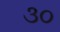
૩૦